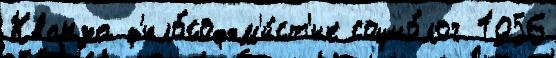
Кванза ф'ило́соф-м'и́ст'ик социо́лог 1956